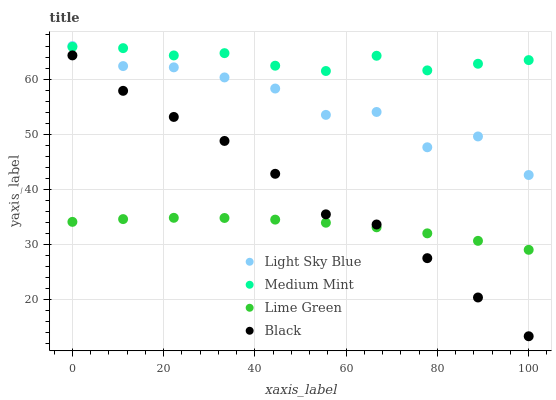
| xaxis_label | Light Sky Blue | Medium Mint | Lime Green | Black |
 | --- | --- | --- | --- | --- |
 | 0 | 66 | 65.9 | 34.1 | 64.3 |
 | 11.1 | 62.4 | 65.6 | 34.6 | 57.9 |
 | 22.2 | 62.1 | 64.3 | 34.8 | 53.1 |
 | 33.3 | 60.3 | 64.7 | 34.8 | 48.8 |
 | 44.4 | 58.3 | 62.4 | 34.5 | 42.8 |
 | 55.6 | 53.5 | 61.5 | 33.9 | 35.5 |
 | 66.7 | 54 | 64.2 | 33.1 | 33.6 |
 | 77.8 | 47.6 | 61.6 | 32 | 27.5 |
 | 88.9 | 49.6 | 62.8 | 30.6 | 20.4 |
 | 100 | 42.6 | 63.4 | 29 | 13.3 |